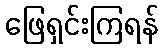
ဖြေရှင်းကြရန်